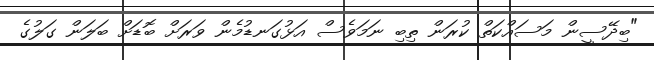
"ބިދޭސީން މަސައްކަތް ކުރަން ތިބި ނަމަވެސް އަޅުގަނޑުމެން ވަރަށް ބޮޑަށް ބަލަން ގަލުގެ